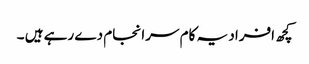
کچھ افراد یہ کام سرا نجام دے رہے ہیں ۔